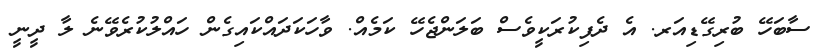
ސާބަހޭ ބުރިގޭޑިއަރ. އެ ދެފިކުރަކީވެސް ބަަލަންޖެހޭ ކަމެއް. ވާހަކަދައްކައިގެން ހައްލުކުރެވޭނެ ލާ ދީނީ